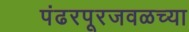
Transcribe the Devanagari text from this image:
पंढरपूरजवळच्या